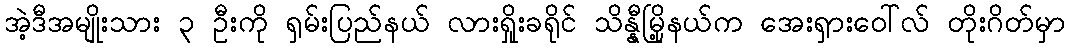
အဲ့ဒီအမျိုးသား ၃ ဦးကို ရှမ်းပြည်နယ် လားရှိုးခရိုင် သိန္နီမြို့နယ်က အေးရှားဝေါ်လ် တိုးဂိတ်မှာ